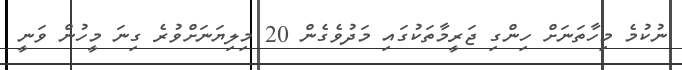
ނުކުމެ މިހާތަނަށް ހިންގި ޖަރީމާތަކުގައި މަދުވެގެން 20 މިލިޔަނަށްވުރެ ގިނަ މީހުން ވަނީ